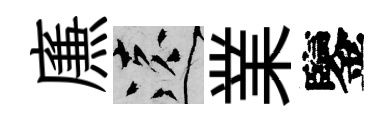
㢘遠業鑒